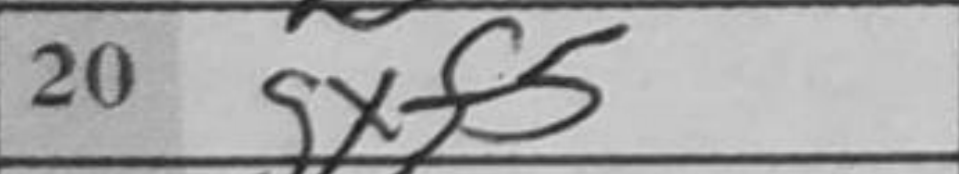
Transcription: gxf5